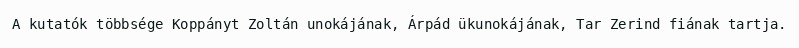
A kutatók többsége Koppányt Zoltán unokájának, Árpád ükunokájának, Tar Zerind fiának tartja.